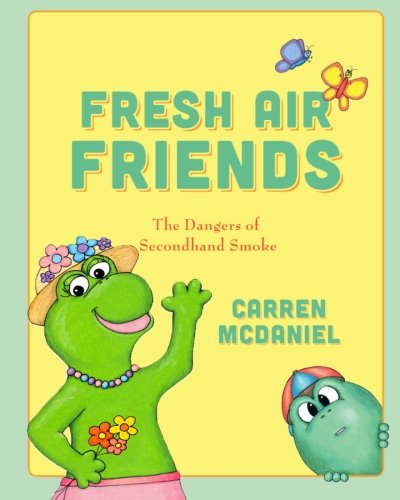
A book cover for Fresh Air Friends: Stay away from secondhand smoke (Volume 1); Carren McDaniel; Health, Fitness & Dieting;